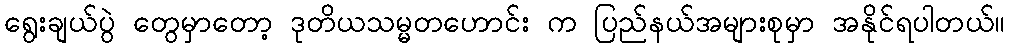
ရွေးချယ်ပွဲ တွေမှာတော့ ဒုတိယသမ္မတဟောင်း က ပြည်နယ်အများစုမှာ အနိုင်ရပါတယ်။